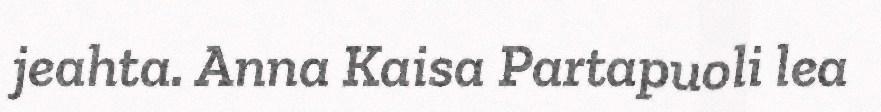
jeahta. Anna Kaisa Partapuoli lea